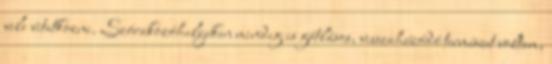
vele vitatkozni. Szórakozóhelyeken mindig is gátlásos, visszahúzódó természet voltam,